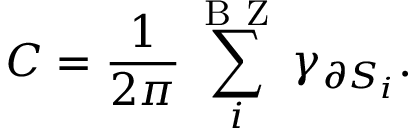
C = \frac { 1 } { 2 \pi } \sum _ { i } ^ { \mathrm { ~ B ~ Z ~ } } \gamma _ { \partial S _ { i } } .